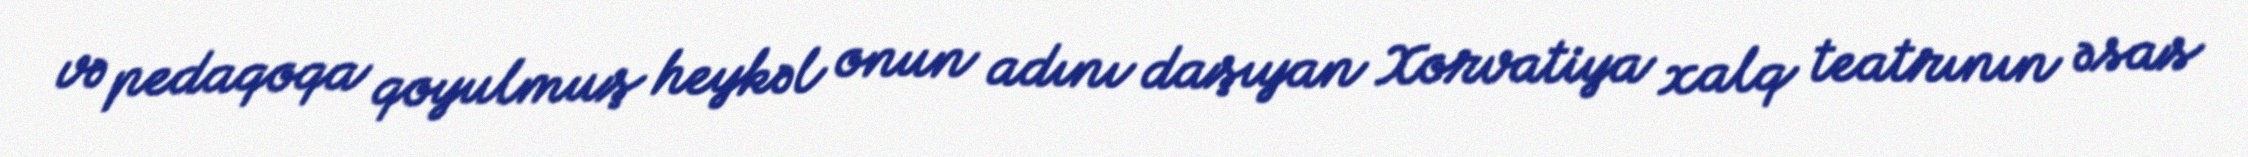
və pedaqoqa qoyulmuş heykəl onun adını daşıyan Xorvatiya xalq teatrının əsas